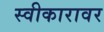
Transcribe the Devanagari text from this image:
स्वीकारावर